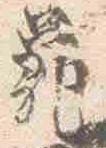
亀